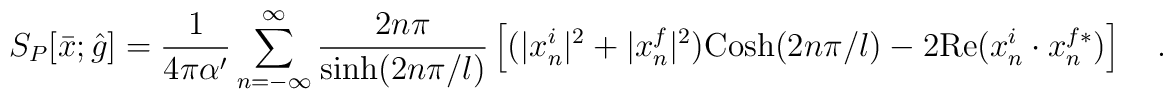
S_P[{\bar x};{\hat g}] = {{1}\over{4\pi\alpha^{\prime}}} \sum_{n=-\infty}^{\infty}  {{2n\pi}\over{{\rm sinh} (2n\pi/l)}}\left [ (|x_n^i|^2 + |x_n^f|^2){\rm Cosh}(2n\pi/l) -2 {\rm Re} (x_n^i \cdot x_n^{f*}) \right ] \quad .